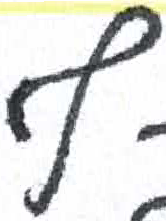
אות: ף